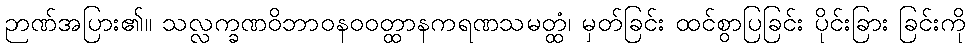
ဉာဏ်အပြား၏။ သလ္လက္ခဏဝိဘာဝနဝဝတ္ထာနကရဏသမတ္ထံ၊ မှတ်ခြင်း ထင်စွာပြခြင်း ပိုင်းခြား ခြင်းကို